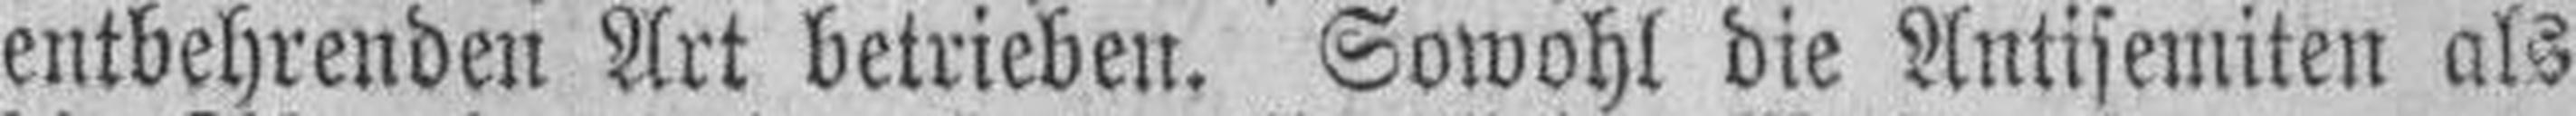
entbehrenden Art betrieben. Sowohl die Antisemiten als